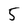
Character: 5